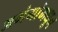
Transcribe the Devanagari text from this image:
अभंगांमधून